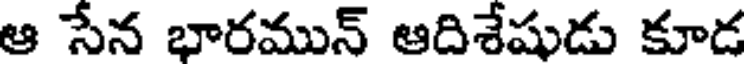
ఆ సేన భారమున్ ఆదిశేషుడు కూడ